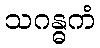
သဂန္ဓကံ